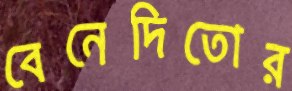
বেনেদিতোর